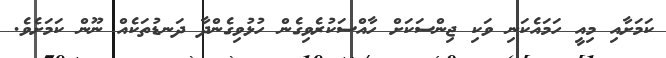
ކަމަށާއި މިއީ ހަމައެކަނި ވަކި ޖިންސަކަށް ހާއްސަކުރެވިގެން ހުޅުވިގެންދާ ދަނޑުތަކެއް ނޫން ކަމަށެވެ.